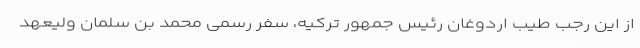
از این رجب طیب اردوغان رئیس جمهور ترکیه، سفر رسمی محمد بن سلمان ولیعهد